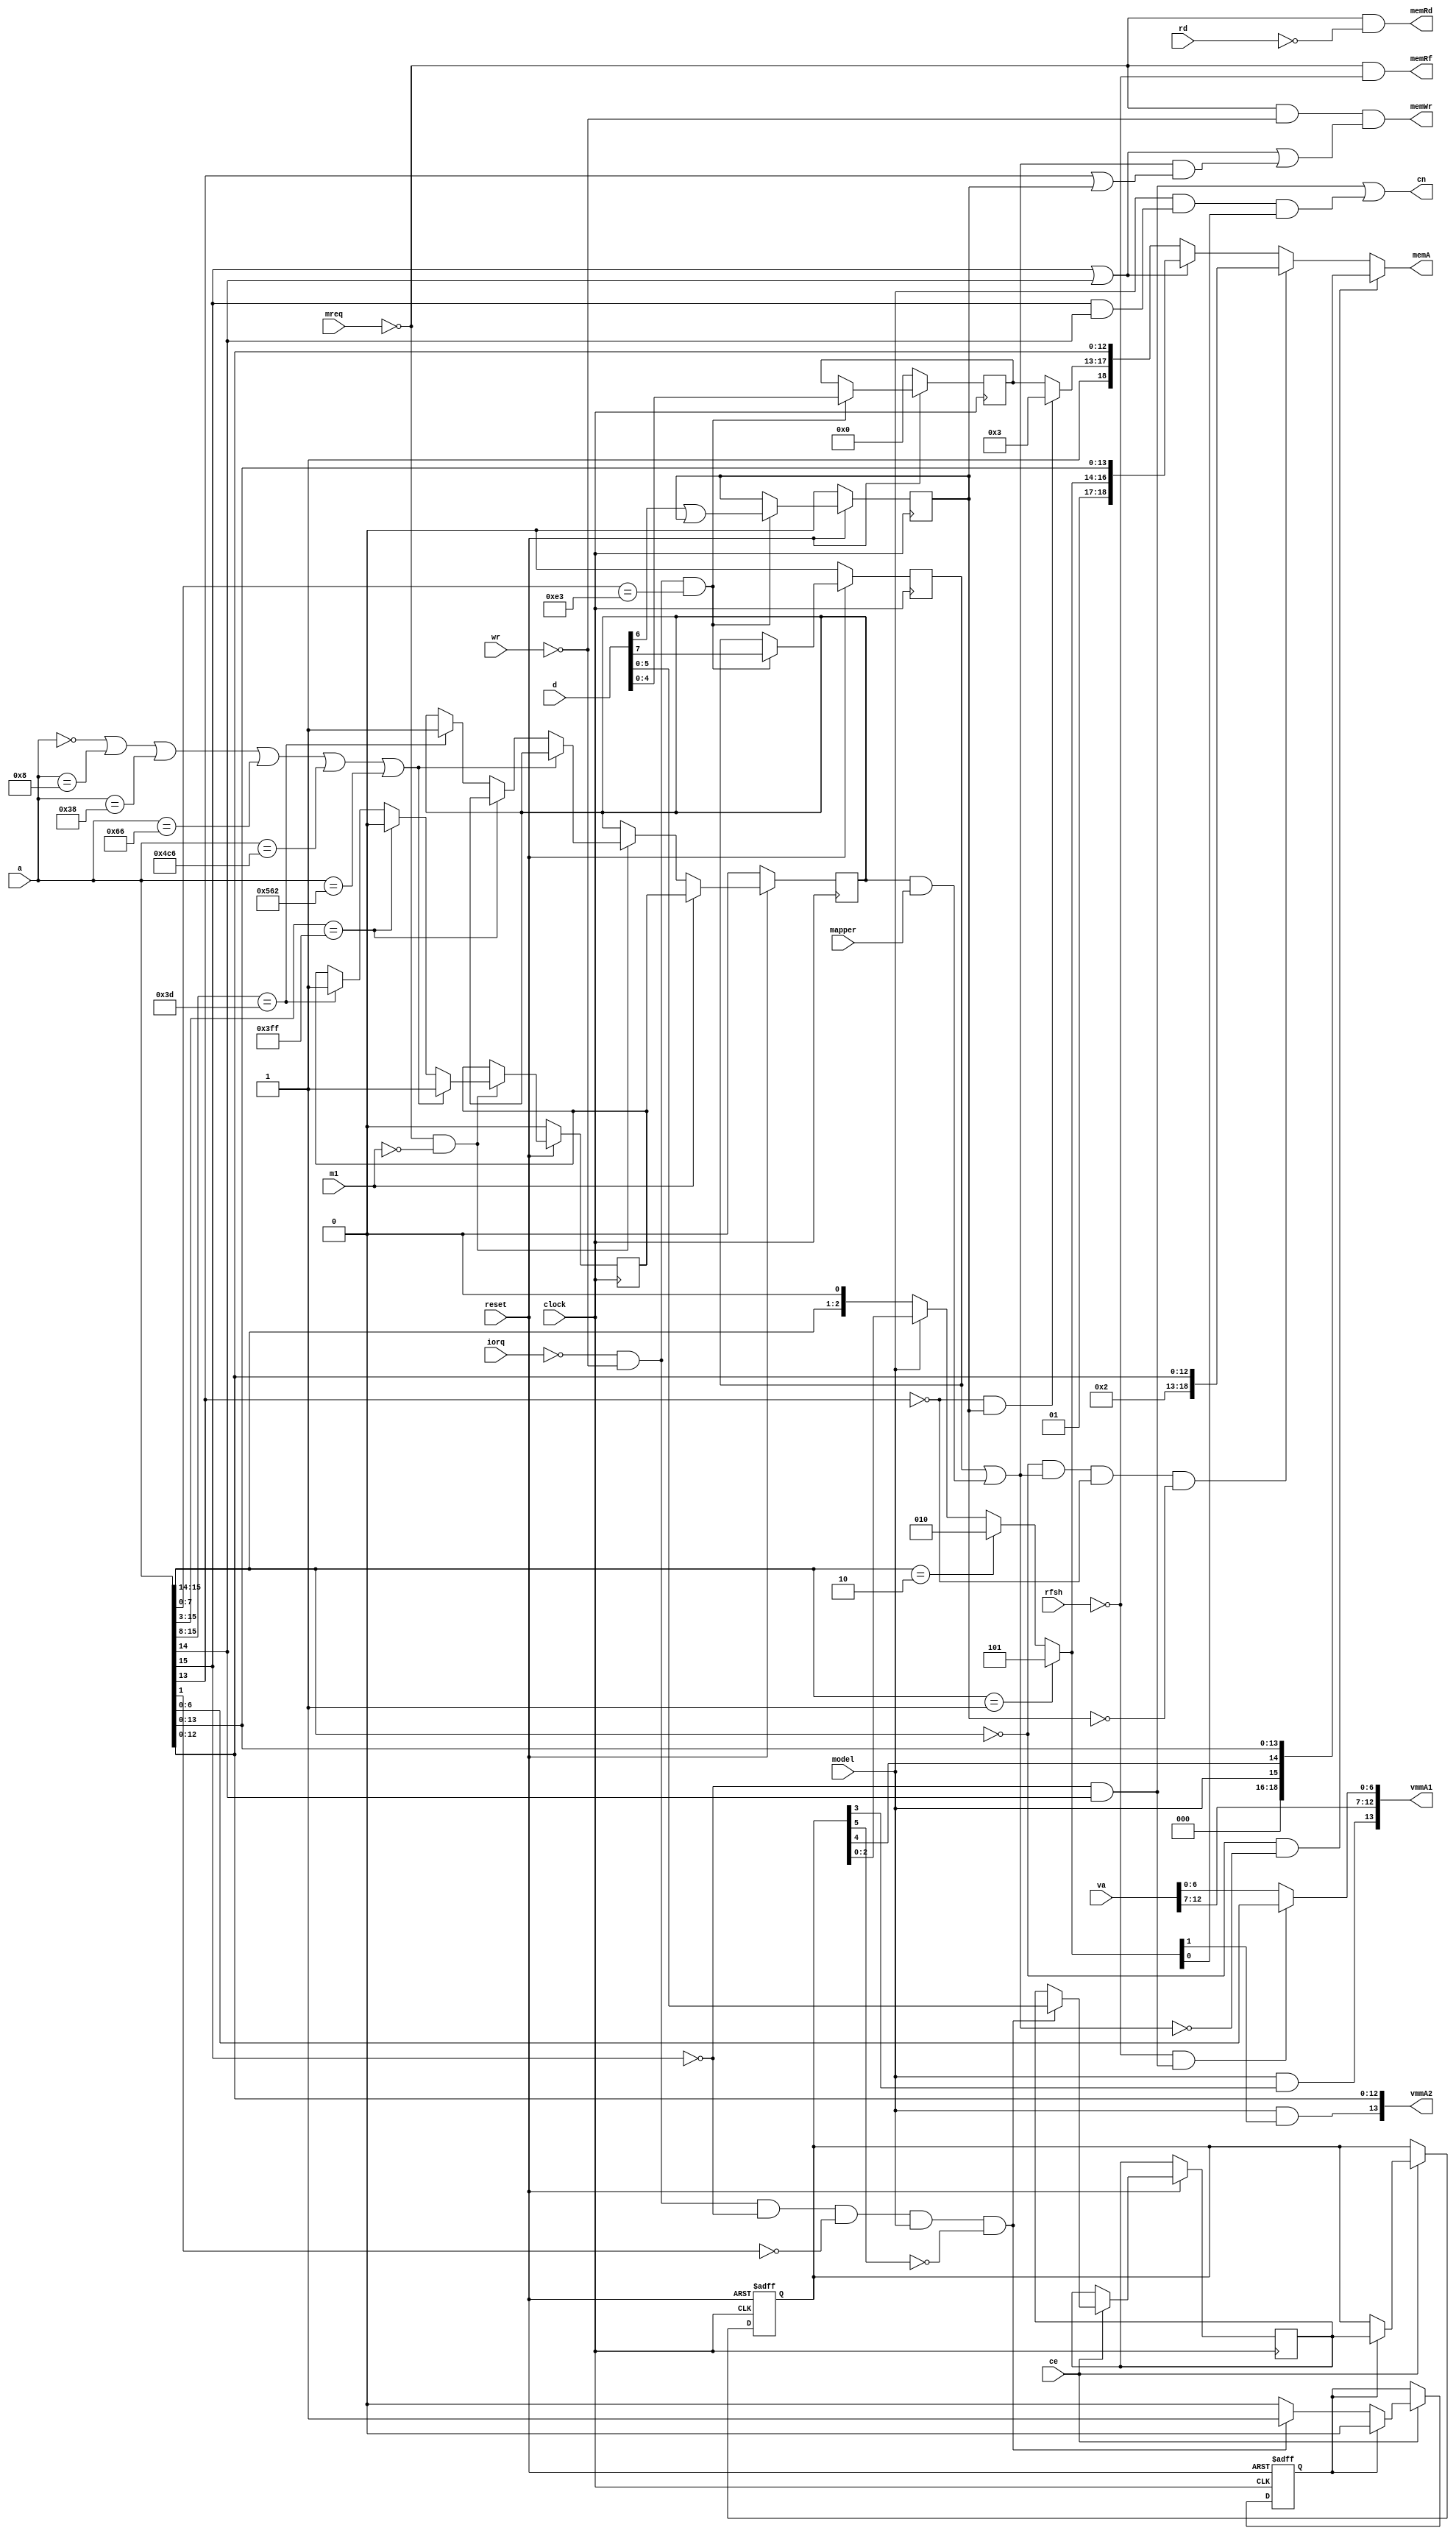
//-------------------------------------------------------------------------------------------------
module memory
//-------------------------------------------------------------------------------------------------
(
	input  wire       model,
	input  wire       mapper,

	input  wire       clock,
	input  wire       ce,

	input  wire       reset,
	input  wire       rfsh,
	input  wire       mreq,
	input  wire       iorq,
	input  wire       rd,
	input  wire       wr,
	input  wire       m1,
	input  wire[15:0] a,
	input  wire[ 7:0] d,

	output wire       cn,
	input  wire[12:0] va,

	output wire[13:0] vmmA1,
	output wire[13:0] vmmA2,

	output wire       memRf,
	output wire       memRd,
	output wire       memWr,
	output wire[18:0] memA
);
//-------------------------------------------------------------------------------------------------

reg mapOnIORQ;
reg[5:0] mapOnIORQData;

reg[5:0] port7FFD;
always @(posedge clock, negedge reset)
if(!reset) begin
	port7FFD <= 1'd0;
	mapOnIORQ <= 1'b0;
end
else if(ce) begin
	if(!iorq && !wr && !a[15] && !a[1] && model && !port7FFD[5]) begin
		mapOnIORQ <= 1'b1;
		mapOnIORQData <= d[5:0];
	end
	if(mapOnIORQ) begin
		port7FFD <= mapOnIORQData;
		mapOnIORQ <= 1'b0;
	end
end
/*
reg[5:0] port7FFD;
always @(posedge clock, negedge reset)
	if(!reset) port7FFD <= 1'd0; else
	if(ce) if(!iorq && !a[15] && !a[1] && !wr && model && !port7FFD[5]) port7FFD <= d[5:0];
*/
wire      vmmPage = model & port7FFD[3];
wire[1:0] romPage = { model, port7FFD[4] };
wire[2:0] ramPage = a[15:14] == 2'b01 ? 3'd5 : a[15:14] == 2'b10 ? 3'd2 : model ? port7FFD[2:0] : { a[15:14], 1'b0 };

//-------------------------------------------------------------------------------------------------

reg mapForce;
reg mapAuto;
reg mapOnM1;
reg mapRam;
reg[4:0] mapPage;

always @(posedge clock) // if(ce)
if(!reset) begin
	mapForce <= 1'b0;
	mapAuto <= 1'b0;
	mapOnM1 <= 1'b0;
	mapPage <= 1'd0;
	mapRam <= 1'b0;
end
else begin
	if(!iorq && !wr && a[7:0] == 8'hE3) begin
		mapForce <= d[7];
		mapPage <= d[4:0];
		mapRam <= d[6]|mapRam;
	end
	if(!mreq && !m1) begin
		if(a == 16'h0000 || a == 16'h0008 || a == 16'h0038 || a == 16'h0066 || a == 16'h04C6 || a == 16'h0562)
			mapOnM1 <= 1'b1; // activate automapper after this cycle

		else if(a[15:3] == 13'h3FF)
			mapOnM1 <= 1'b0; // deactivate automapper after this cycle

		else if(a[15:8] == 8'h3D) begin
			mapOnM1 <= 1'b1; // activate automapper immediately
			mapAuto <= 1'b1;
		end
	end
	if(m1) mapAuto <= mapOnM1;
end

wire map = mapForce || (mapAuto && mapper);
wire[4:0] page = !a[13] && mapRam ? 5'd3 : mapPage;

//-------------------------------------------------------------------------------------------------

wire addr01 = !a[15] &&  a[14];
wire addr11 =  a[15] &&  a[14];

assign cn = addr01 || (model && addr11 && ramPage[0]);

assign vmmA1 = { vmmPage, va[12:7], !rfsh && addr01 ? a[6:0] : va[6:0] };
assign vmmA2 = { model & ramPage[1], a[12:0] };

assign memRf = !mreq && !rfsh;
assign memRd = !mreq && !rd;
assign memWr = !mreq && !wr && (a[15] || a[14] || (map && (a[13] || mapRam)));
assign memA
	= a[15:14] == 2'b00 && !map                     ? { 2'b00, 1'b0, romPage, a[13:0] }
	: a[15:14] == 2'b00 && map && !a[13] && !mapRam ? { 2'b00, 1'b0,  3'b010, a[12:0] }
	: a[15] || a[14]                                ? { 2'b01,       ramPage, a[13:0] }
	:                                                 { 1'b1,           page, a[12:0] };

//-------------------------------------------------------------------------------------------------
//            MEM  //             ROM
// 18:17 16:0      // 15:14 13:0     
//  0  0 128K rom  //  0  0  16K  48K
//  0  1 128K ram  //  0  1  16K  esx
//  1  0 128K esx  //  1  0  16K   +2
//  1  1 128K ---  //  1  1  16K   +2

//-------------------------------------------------------------------------------------------------
endmodule
//-------------------------------------------------------------------------------------------------